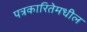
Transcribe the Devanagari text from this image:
पत्रकारितेमधील